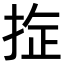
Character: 𪭻